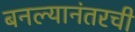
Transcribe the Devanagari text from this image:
बनल्यानंतरची